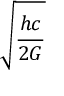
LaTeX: \sqrt { \frac { h c } { 2 G } }